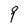
Character: 9